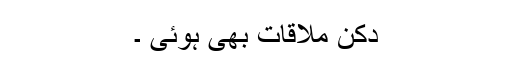
دکن ملاقات بھی ہُوئی ۔